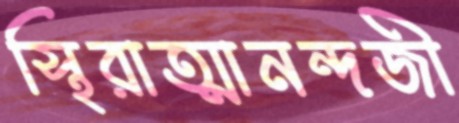
স্থিরাত্মানন্দজী